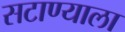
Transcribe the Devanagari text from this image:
सटाण्याला